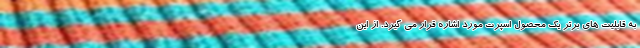
به قابلیت های برتر یک محصول اسپرت مورد اشاره قرار می گیرد. از این